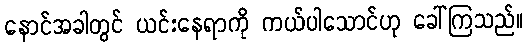
နောင်အခါတွင် ယင်းနေရာကို ကယ်ပါသောင်ဟု ခေါ်ကြသည်။